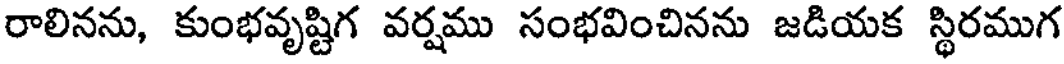
రాలినను, కుంభవృష్టిగ వర్షము సంభవించినను జడియక స్థిరముగ